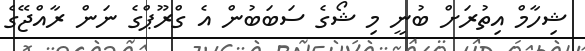
ޝިހާމް އިތުރަށް ބުނީ މި ޝޯގެ ސަބަބުން އެ ގްރޫޕްގެ ނަން ރާއްޖޭގެ